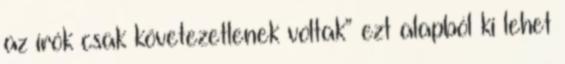
az írók csak követezetlenek voltak” ezt alapból ki lehet